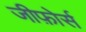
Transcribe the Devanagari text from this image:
जीफ़ोर्स